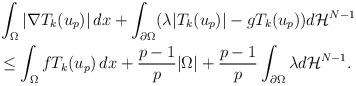
LaTeX: \begin{align*}\begin{aligned}&\int_\Omega |\nabla T_{k}(u_p)|\, dx + \int_{\partial\Omega}(\lambda|T_{k}(u_p)|-g T_{k}(u_p)) d\mathcal H^{N-1} \\ &\le \int_\Omega f T_{k}(u_p)\, dx + \frac{p-1}{p}|\Omega| + \frac{p-1}{p}\int_{\partial\Omega} \lambda d\mathcal H^{N-1}.\end{aligned}\end{align*}